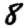
Digit: 8